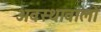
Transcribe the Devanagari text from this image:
अवस्थावालों